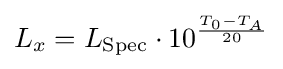
L_{x}=L_{\text{Spec}}\cdot 10^{\frac {T_{0}-T_{A}}{20}}